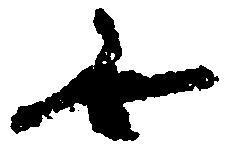
無